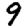
Digit: 9